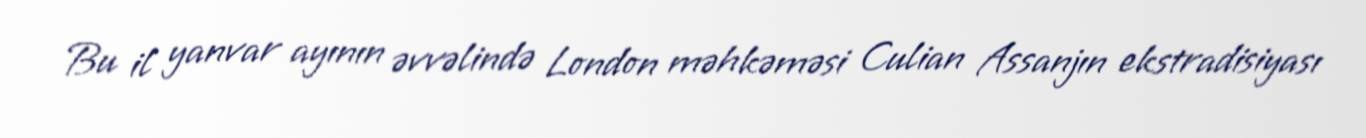
Bu il yanvar ayının əvvəlində London məhkəməsi Culian Assanjın ekstradisiyası